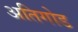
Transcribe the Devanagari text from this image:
अतिगोड